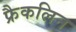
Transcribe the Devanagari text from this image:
फ्रैकलिन